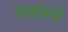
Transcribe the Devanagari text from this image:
पद्यांशों